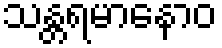
သန္တရမာနောဝ